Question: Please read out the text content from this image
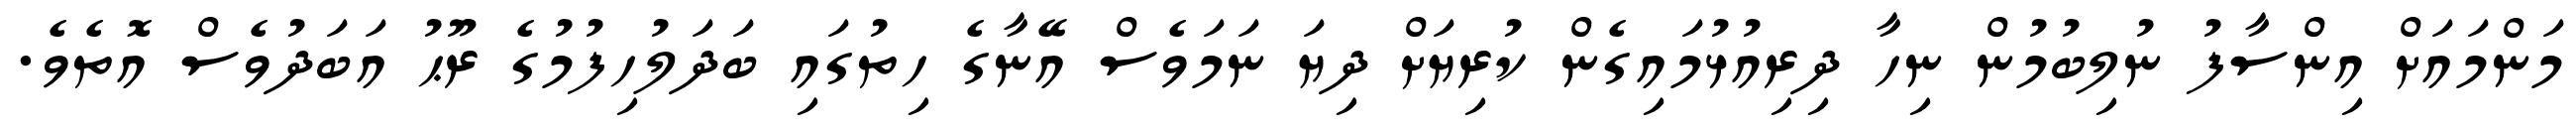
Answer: މަންމައަށް އިންސާފު ނުލިބުމުން ނިހާ ދިރިއުޅުމައިގެން ކުރިޔަށް ދިޔަ ނަމަވެސް އޭނާގެ ހިތުގައި ބަދަލުހިފުމުގެ ރޫޙު އަބަދުވެސް އޮތެވެ.